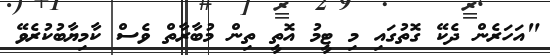
"އަހަރެން ދެކޭ ގޮތުގައި މި ޓީމު އޮތީ ތިން މުބާރާތް ވެސް ކާމިޔާބުކުރެވޭ